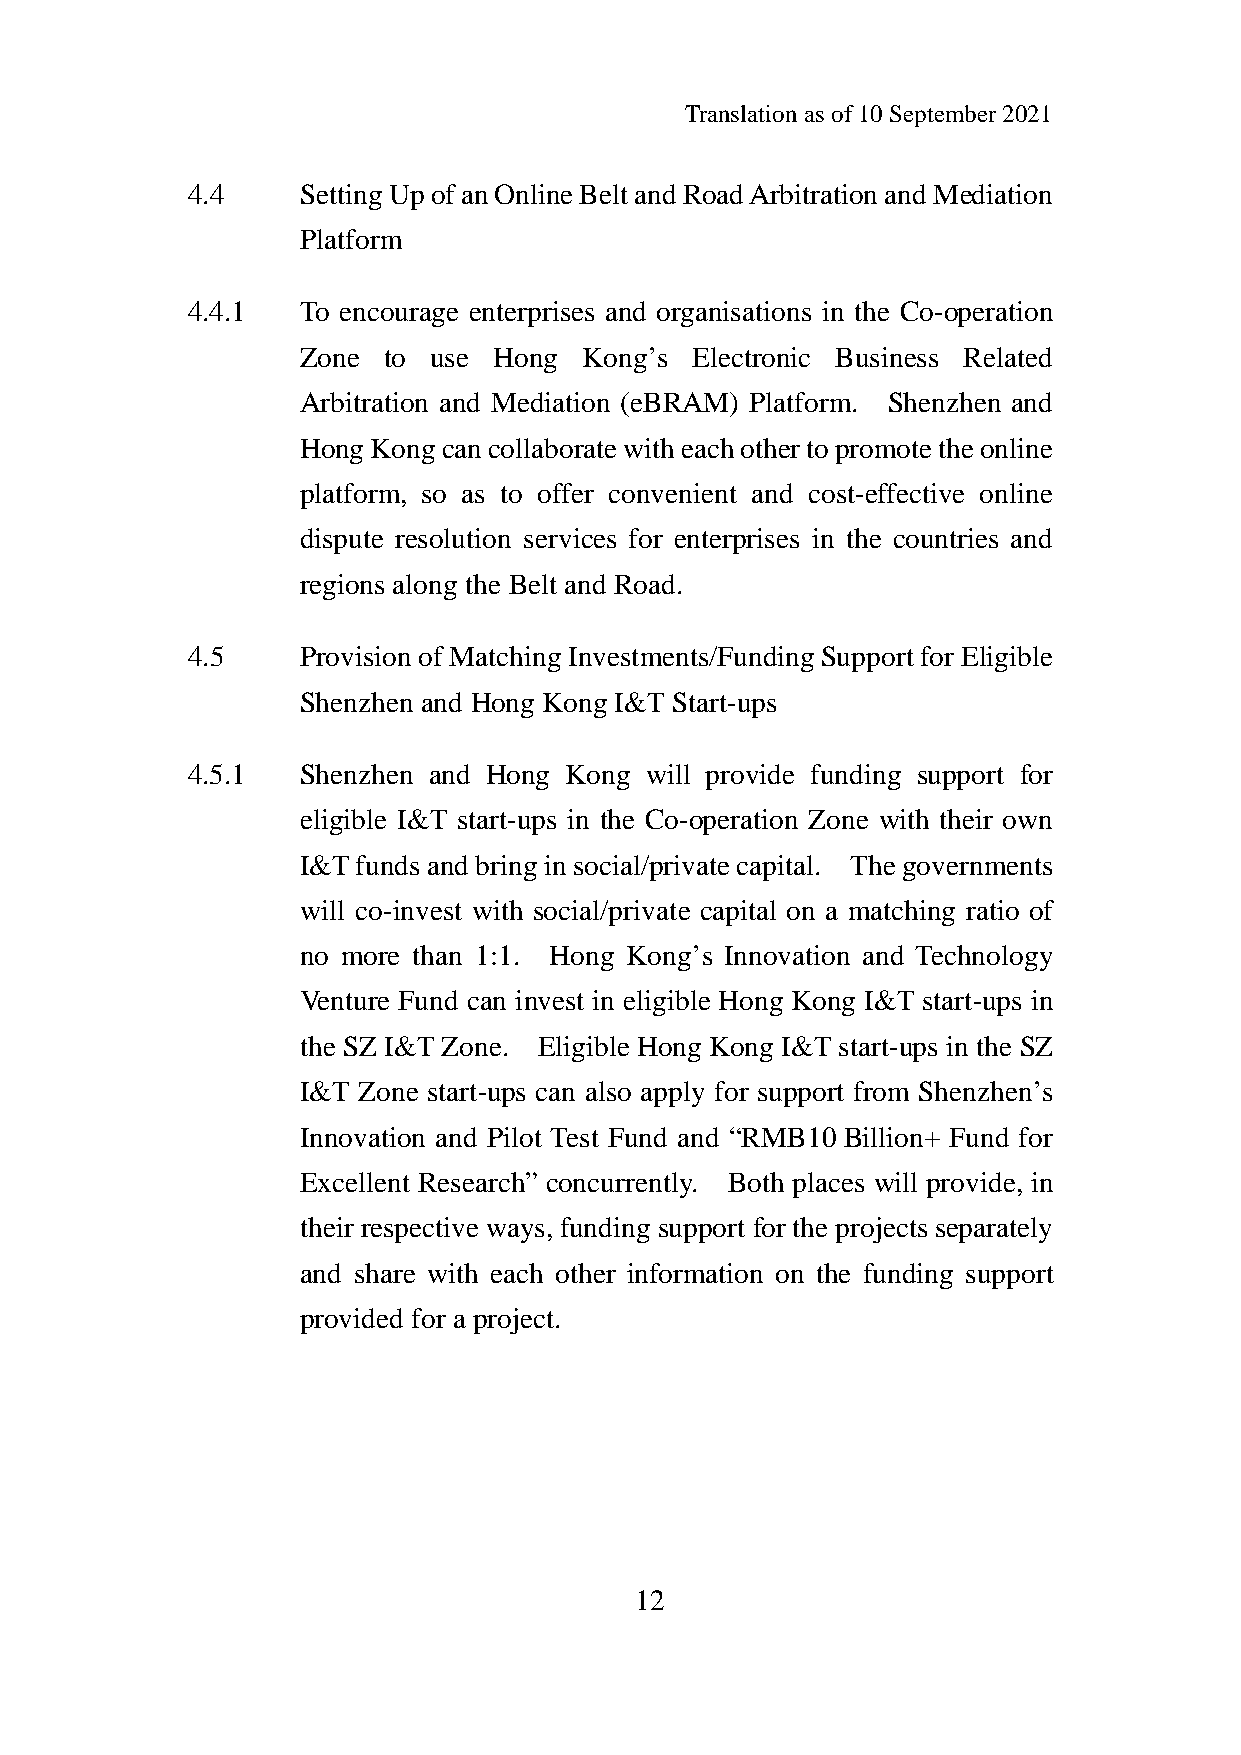
Translation as of 10 September 2021
 4.4     Setting Up of an Online Belt and Road Arbitration and Mediation
 Platform
 4.4.1   To encourage enterprises and organisations in the Co-operation
 Zone to  use Hong  Kong’s Electronic Business Related
 Arbitration and Mediation (eBRAM) Platform. Shenzhen and
 Hong Kong can collaborate with each other to promote the online
 platform, so as to offer convenient and cost-effective online
 dispute resolution services for enterprises in the countries and
 regions along the Belt and Road.
 4.5     Provision of Matching Investments/Funding Support for Eligible
 Shenzhen and Hong Kong I&T Start-ups
 4.5.1   Shenzhen and Hong Kong will provide funding support for
 eligible I&T start-ups in the Co-operation Zone with their own
 I&T funds and bring in social/private capital. The governments
 will co-invest with social/private capital on a matching ratio of
 no more than 1:1. Hong Kong’s Innovation and Technology
 Venture Fund can invest in eligible Hong Kong I&T start-ups in
 the SZ I&T Zone. Eligible Hong Kong I&T start-ups in the SZ
 I&T Zone start-ups can also apply for support from Shenzhen’s
 Innovation and Pilot Test Fund and “RMB10 Billion+ Fund for
 Excellent Research” concurrently. Both places will provide, in
 their respective ways, funding support for the projects separately
 and share with each other information on the funding support
 provided for a project.
 12